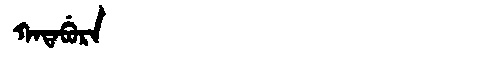
Manchu: ᡴᠠᡨᠠᠪᡠᡵᠠ
Romanization: KATABURA